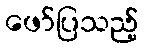
ဖော်ပြသည့်